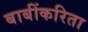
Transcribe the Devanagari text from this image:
बाबींकरिता